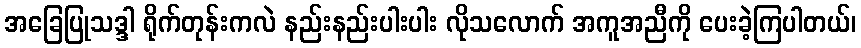
အခြေပြုသဒ္ဒါ ရိုက်တုန်းကလဲ နည်းနည်းပါးပါး လိုသလောက် အကူအညီကို ပေးခဲ့ကြပါတယ်၊